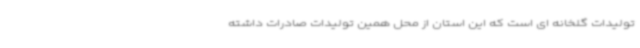
تولیدات گلخانه ای است که این استان از محل همین تولیدات صادرات داشته